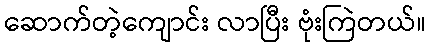
ဆောက်တဲ့ကျောင်း လာပြီး ဗုံးကြဲတယ်။